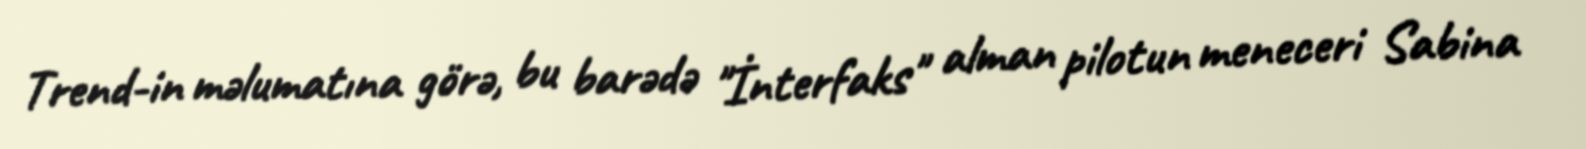
Trend-in məlumatına görə, bu barədə "İnterfaks" alman pilotun meneceri Sabina